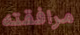
مرافقته